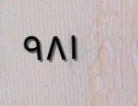
٩٨١